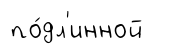
по́дл'инной